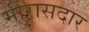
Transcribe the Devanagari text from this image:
मीरासदार